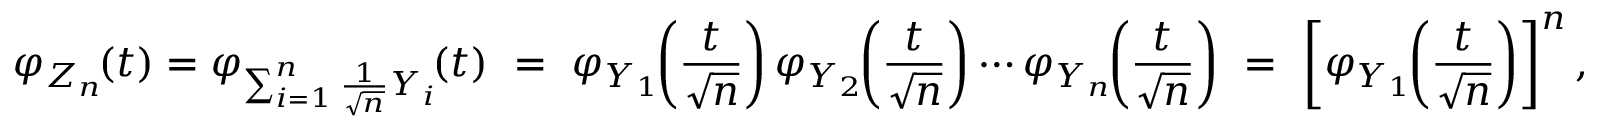
\varphi _ { Z _ { n } } \! ( t ) = \varphi _ { \sum _ { i = 1 } ^ { n } { { \frac { 1 } { \sqrt { n } } } Y _ { i } } } \! ( t ) \ = \ \varphi _ { Y _ { 1 } } \! \! \left( { \frac { t } { \sqrt { n } } } \right) \varphi _ { Y _ { 2 } } \! \! \left( { \frac { t } { \sqrt { n } } } \right) \cdots \varphi _ { Y _ { n } } \! \! \left( { \frac { t } { \sqrt { n } } } \right) \ = \ \left[ \varphi _ { Y _ { 1 } } \! \! \left( { \frac { t } { \sqrt { n } } } \right) \right] ^ { n } ,